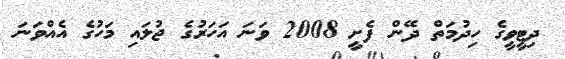
ދިޓީވީގެ ހިދުމަތް ދޭން ފެށީ 2008 ވަނަ އަހަރުގެ ޖުލައި މަހުގެ އެއްވަނަ